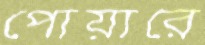
পোয়ারে